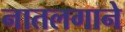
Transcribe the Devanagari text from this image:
नातलगाने